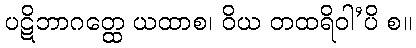
ပဋိဘာဂတ္ထေ ယထာစ၊ ဝိယ တထရိဝါ’ပိ စ။